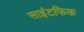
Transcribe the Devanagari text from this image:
साइंटफिक